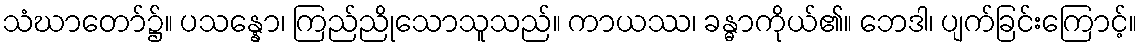
သံဃာတော်၌။ ပသန္နော၊ ကြည်ညိုသောသူသည်။ ကာယဿ၊ ခန္ဓာကိုယ်၏။ ဘေဒါ၊ ပျက်ခြင်းကြောင့်။